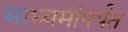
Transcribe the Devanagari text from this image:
माध्यमांपर्यंत